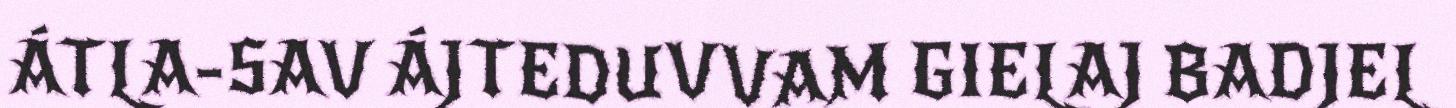
ÁTLA-SAV ÁJTEDUVVAM GIELAJ BADJEL